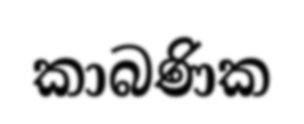
කාබණික